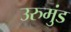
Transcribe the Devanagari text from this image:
उरुमुंड